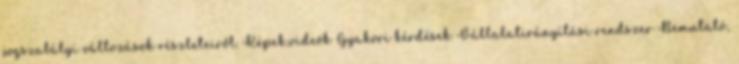
jogszabályi változások részleteiről. Képek,videók Gyakori kérdések Vállalatirányítási rendszer Bemutató,